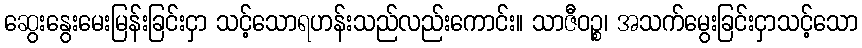
ဆွေးနွေးမေးမြန်းခြင်းငှာ သင့်သောရဟန်းသည်လည်းကောင်း။ သာဇီဝဉ္စ၊ အသက်မွေးခြင်းငှာသင့်သော